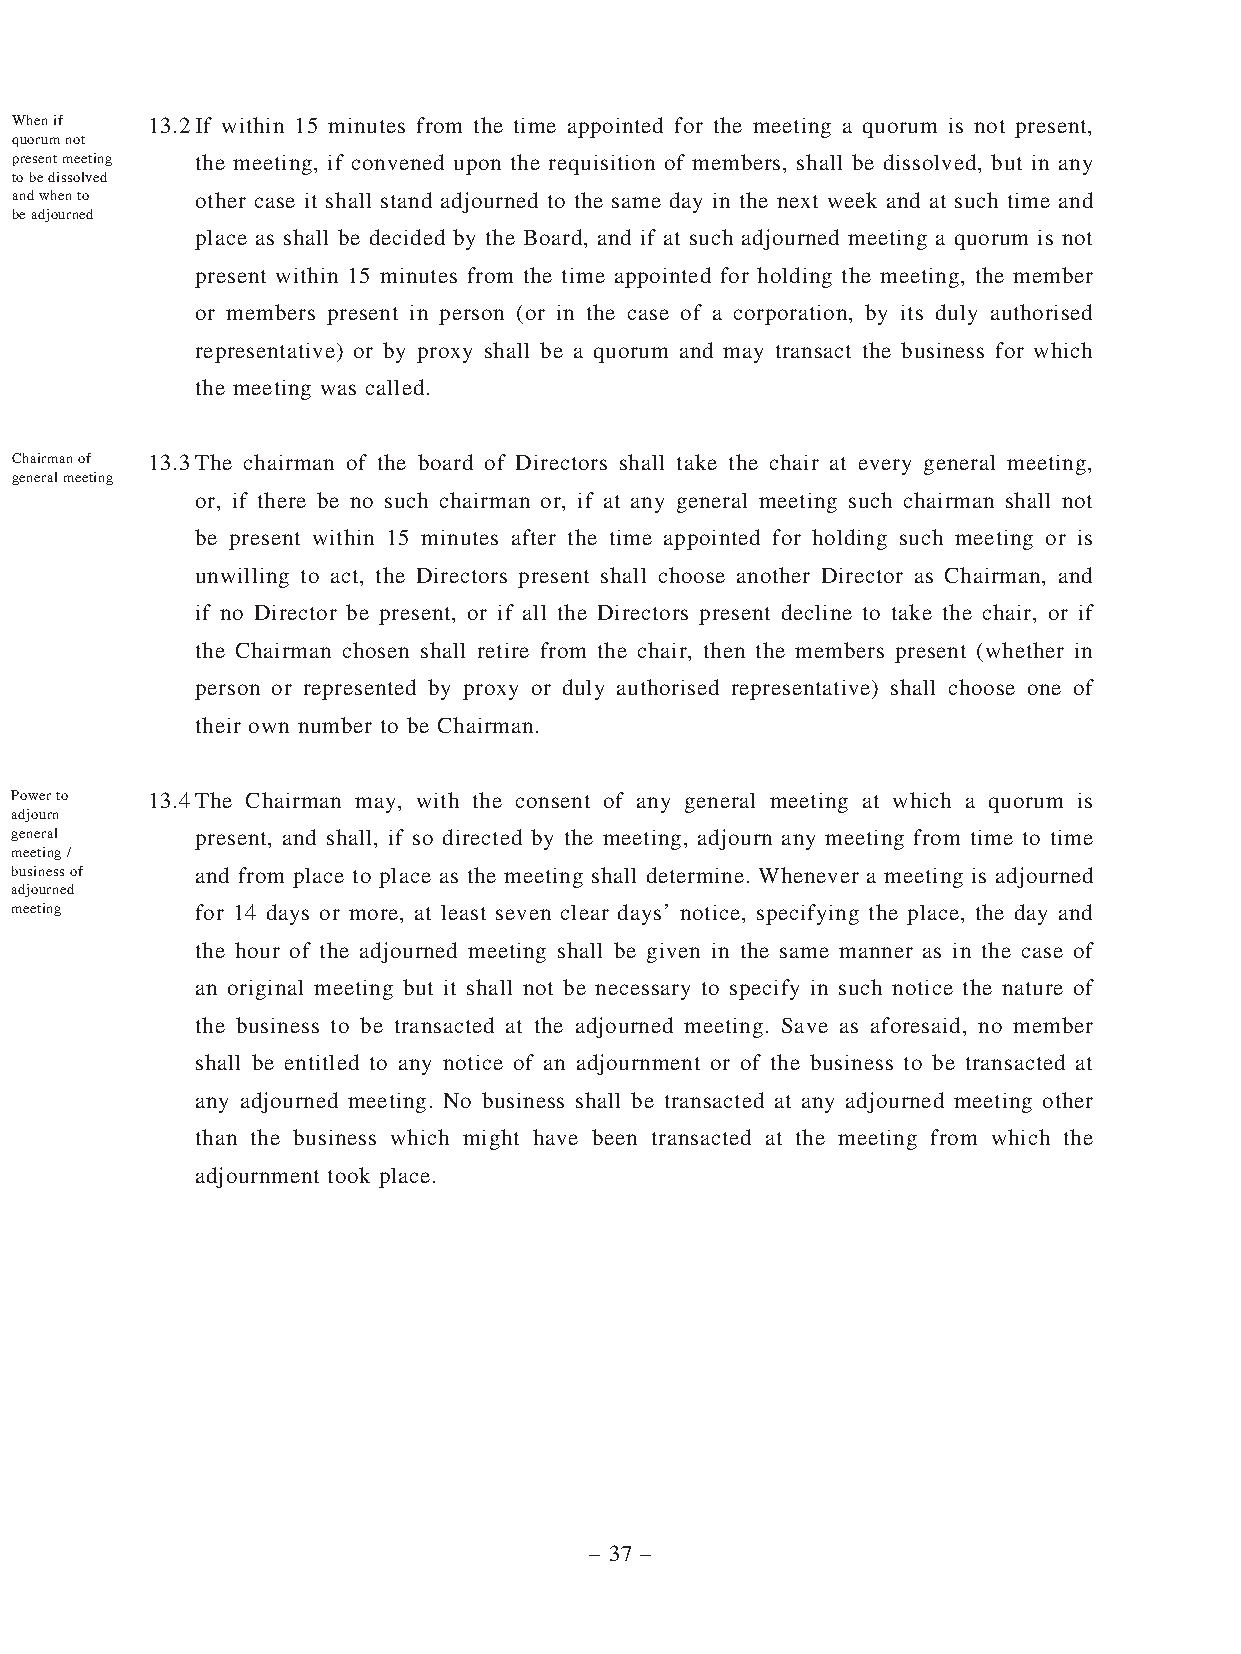
When if  13.2 If within 15 minutes from the time appointed for the meeting a quorum is not present,
 quorum not
 present meeting the meeting, if convened upon the requisition of members, shall be dissolved, but in any
 to be dissolved
 and when to other case it shall stand adjourned to the same day in the next week and at such time and
 be adjourned
 place as shall be decided by the Board, and if at such adjourned meeting a quorum is not
 present within 15 minutes from the time appointed for holding the meeting, the member
 or members present in person (or in the case of a corporation, by its duly authorised
 representative) or by proxy shall be a quorum and may transact the business for which
 the meeting was called.
 Chairman of 13.3 The chairman of the board of Directors shall take the chair at every general meeting,
 general meeting
 or, if there be no such chairman or, if at any general meeting such chairman shall not
 be present within 15 minutes after the time appointed for holding such meeting or is
 unwilling to act, the Directors present shall choose another Director as Chairman, and
 if no Director be present, or if all the Directors present decline to take the chair, or if
 the Chairman chosen shall retire from the chair, then the members present (whether in
 person or represented by proxy or duly authorised representative) shall choose one of
 their own number to be Chairman.
 Power to 13.4 The Chairman may, with the consent of any general meeting at which a quorum is
 adjourn
 general     present, and shall, if so directed by the meeting, adjourn any meeting from time to time
 meeting /
 business of and from place to place as the meeting shall determine. Whenever a meeting is adjourned
 adjourned
 meeting     for 14 days or more, at least seven clear days’ notice, specifying the place, the day and
 the hour of the adjourned meeting shall be given in the same manner as in the case of
 an original meeting but it shall not be necessary to specify in such notice the nature of
 the business to be transacted at the adjourned meeting. Save as aforesaid, no member
 shall be entitled to any notice of an adjournment or of the business to be transacted at
 any adjourned meeting. No business shall be transacted at any adjourned meeting other
 than the business which might have been transacted at the meeting from which the
 adjournment took place.
 – 37 –